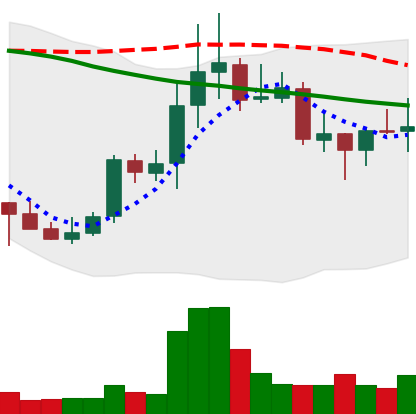
Ticker: DOGE-USD
Chart end date: 2021-10-15
Forward return: 8.688%
Label: up_7plus